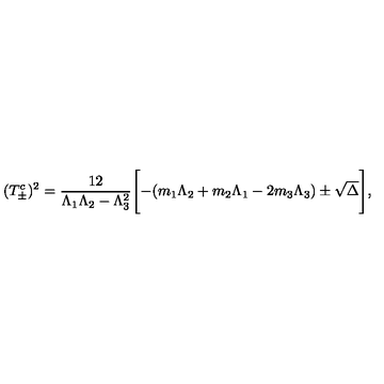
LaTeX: ( T _ { \pm } ^ { c } ) ^ { 2 } = \frac { 1 2 } { \Lambda _ { 1 } \Lambda _ { 2 } - \Lambda _ { 3 } ^ { 2 } } \Biggl [ - ( m _ { 1 } \Lambda _ { 2 } + m _ { 2 } \Lambda _ { 1 } - 2 m _ { 3 } \Lambda _ { 3 } ) \pm \sqrt { \Delta } \Biggr ] ,